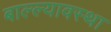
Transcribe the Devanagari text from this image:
बाल्ल्यावस्था